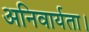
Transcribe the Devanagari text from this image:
अनिवार्यता।